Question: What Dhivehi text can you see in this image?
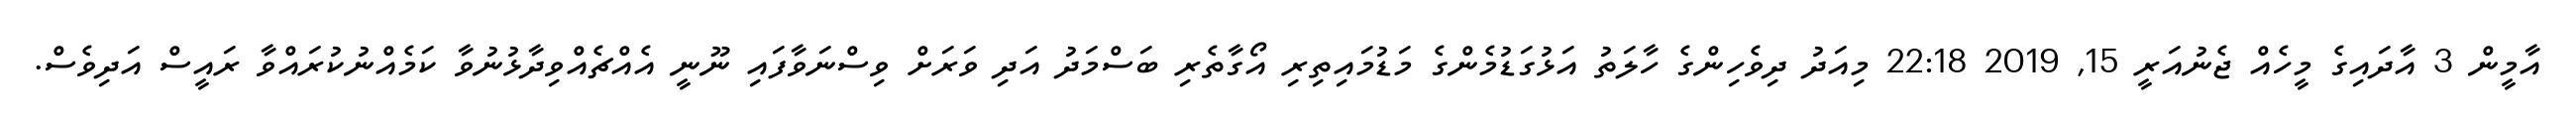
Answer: އާމީން 3 އާދައިގެ މީހެއް ޖެނުއަރީ 15, 2019 22:18 މިއަދު ދިވެހިންގެ ހާލަތު އަޅުގަޑުމެންގެ މަޑުމައިތިރި އޯގާތެރި ބަސްމަދު އަދި ވަރަށް ވިސްނަވާފައި ނޫނީ އެއްޗެއްވިދާޅުނުވާ ކަމެއްނުކުރައްވާ ރައީސް އަދިވެސް.